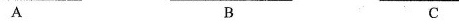
A B C